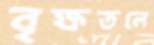
বৃক্ষতলে